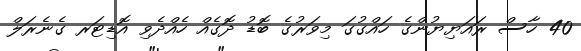
40 ހާސް ރައަޔިޔުންގެ ހައްގުގަ މިވަރުގެ ބޮޑު ދޮގެއް ހެއްދެވި އޮޑިޓަރ ގެނެރަލް